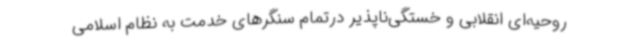
روحیه‌ای انقلابی و خستگی‌ناپذیر درتمام سنگرهای خدمت به نظام اسلامی